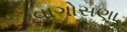
વાગોસણા